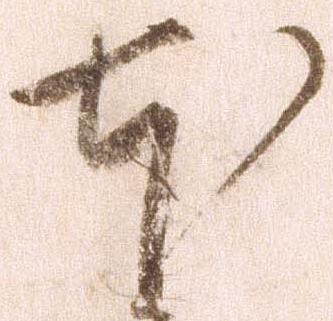
本